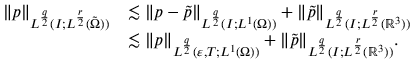
\begin{array} { r l } { \| p \| _ { L ^ { \frac { q } { 2 } } ( I ; L ^ { \frac { r } { 2 } } ( \tilde { \Omega } ) ) } } & { \lesssim \| p - \tilde { p } \| _ { L ^ { \frac { q } { 2 } } ( I ; L ^ { 1 } ( \Omega ) ) } + \| \tilde { p } \| _ { L ^ { \frac { q } { 2 } } ( I ; L ^ { \frac { r } { 2 } } ( \ensuremath { \mathbb { R } } ^ { 3 } ) ) } } \\ & { \lesssim \| p \| _ { L ^ { \frac { q } { 2 } } ( \varepsilon , T ; L ^ { 1 } ( \Omega ) ) } + \| \tilde { p } \| _ { L ^ { \frac { q } { 2 } } ( I ; L ^ { \frac { r } { 2 } } ( \ensuremath { \mathbb { R } } ^ { 3 } ) ) } . } \end{array}